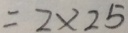
= 2 \times 2 5